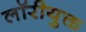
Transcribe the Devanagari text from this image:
लॉरीयुक्त